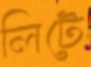
লিটে